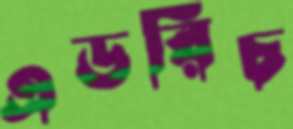
এডরিচ